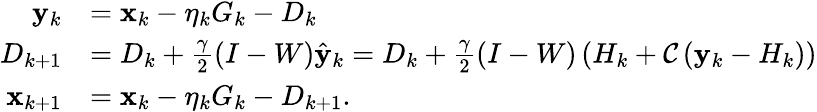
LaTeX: \begin{array}{rl}{\mathbf{y}_{k}}&{=\mathbf{x}_{k}-\eta_{k}G_{k}-{D}_{k}}\\ {{D}_{k+1}}&{={D}_{k}+\frac{\gamma}{2}\left(I-W\right)\hat{\mathbf{y}}_{k}={D}_{k}+\frac{\gamma}{2}(I-W)\left(H_{k}+\mathcal{C}\left(\mathbf{y}_{k}-H_{k}\right)\right)}\\ {\mathbf{x}_{k+1}}&{=\mathbf{x}_{k}-\eta_{k}G_{k}-{D}_{k+1}.}\end{array}